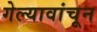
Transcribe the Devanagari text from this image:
गेल्यावांचून